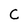
Character: C